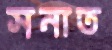
সনাত